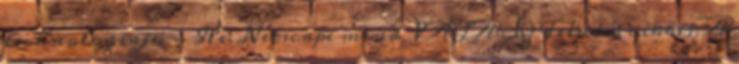
technologiaju - Re: Netscape mind VÁLASZ Feladó: cikkei A